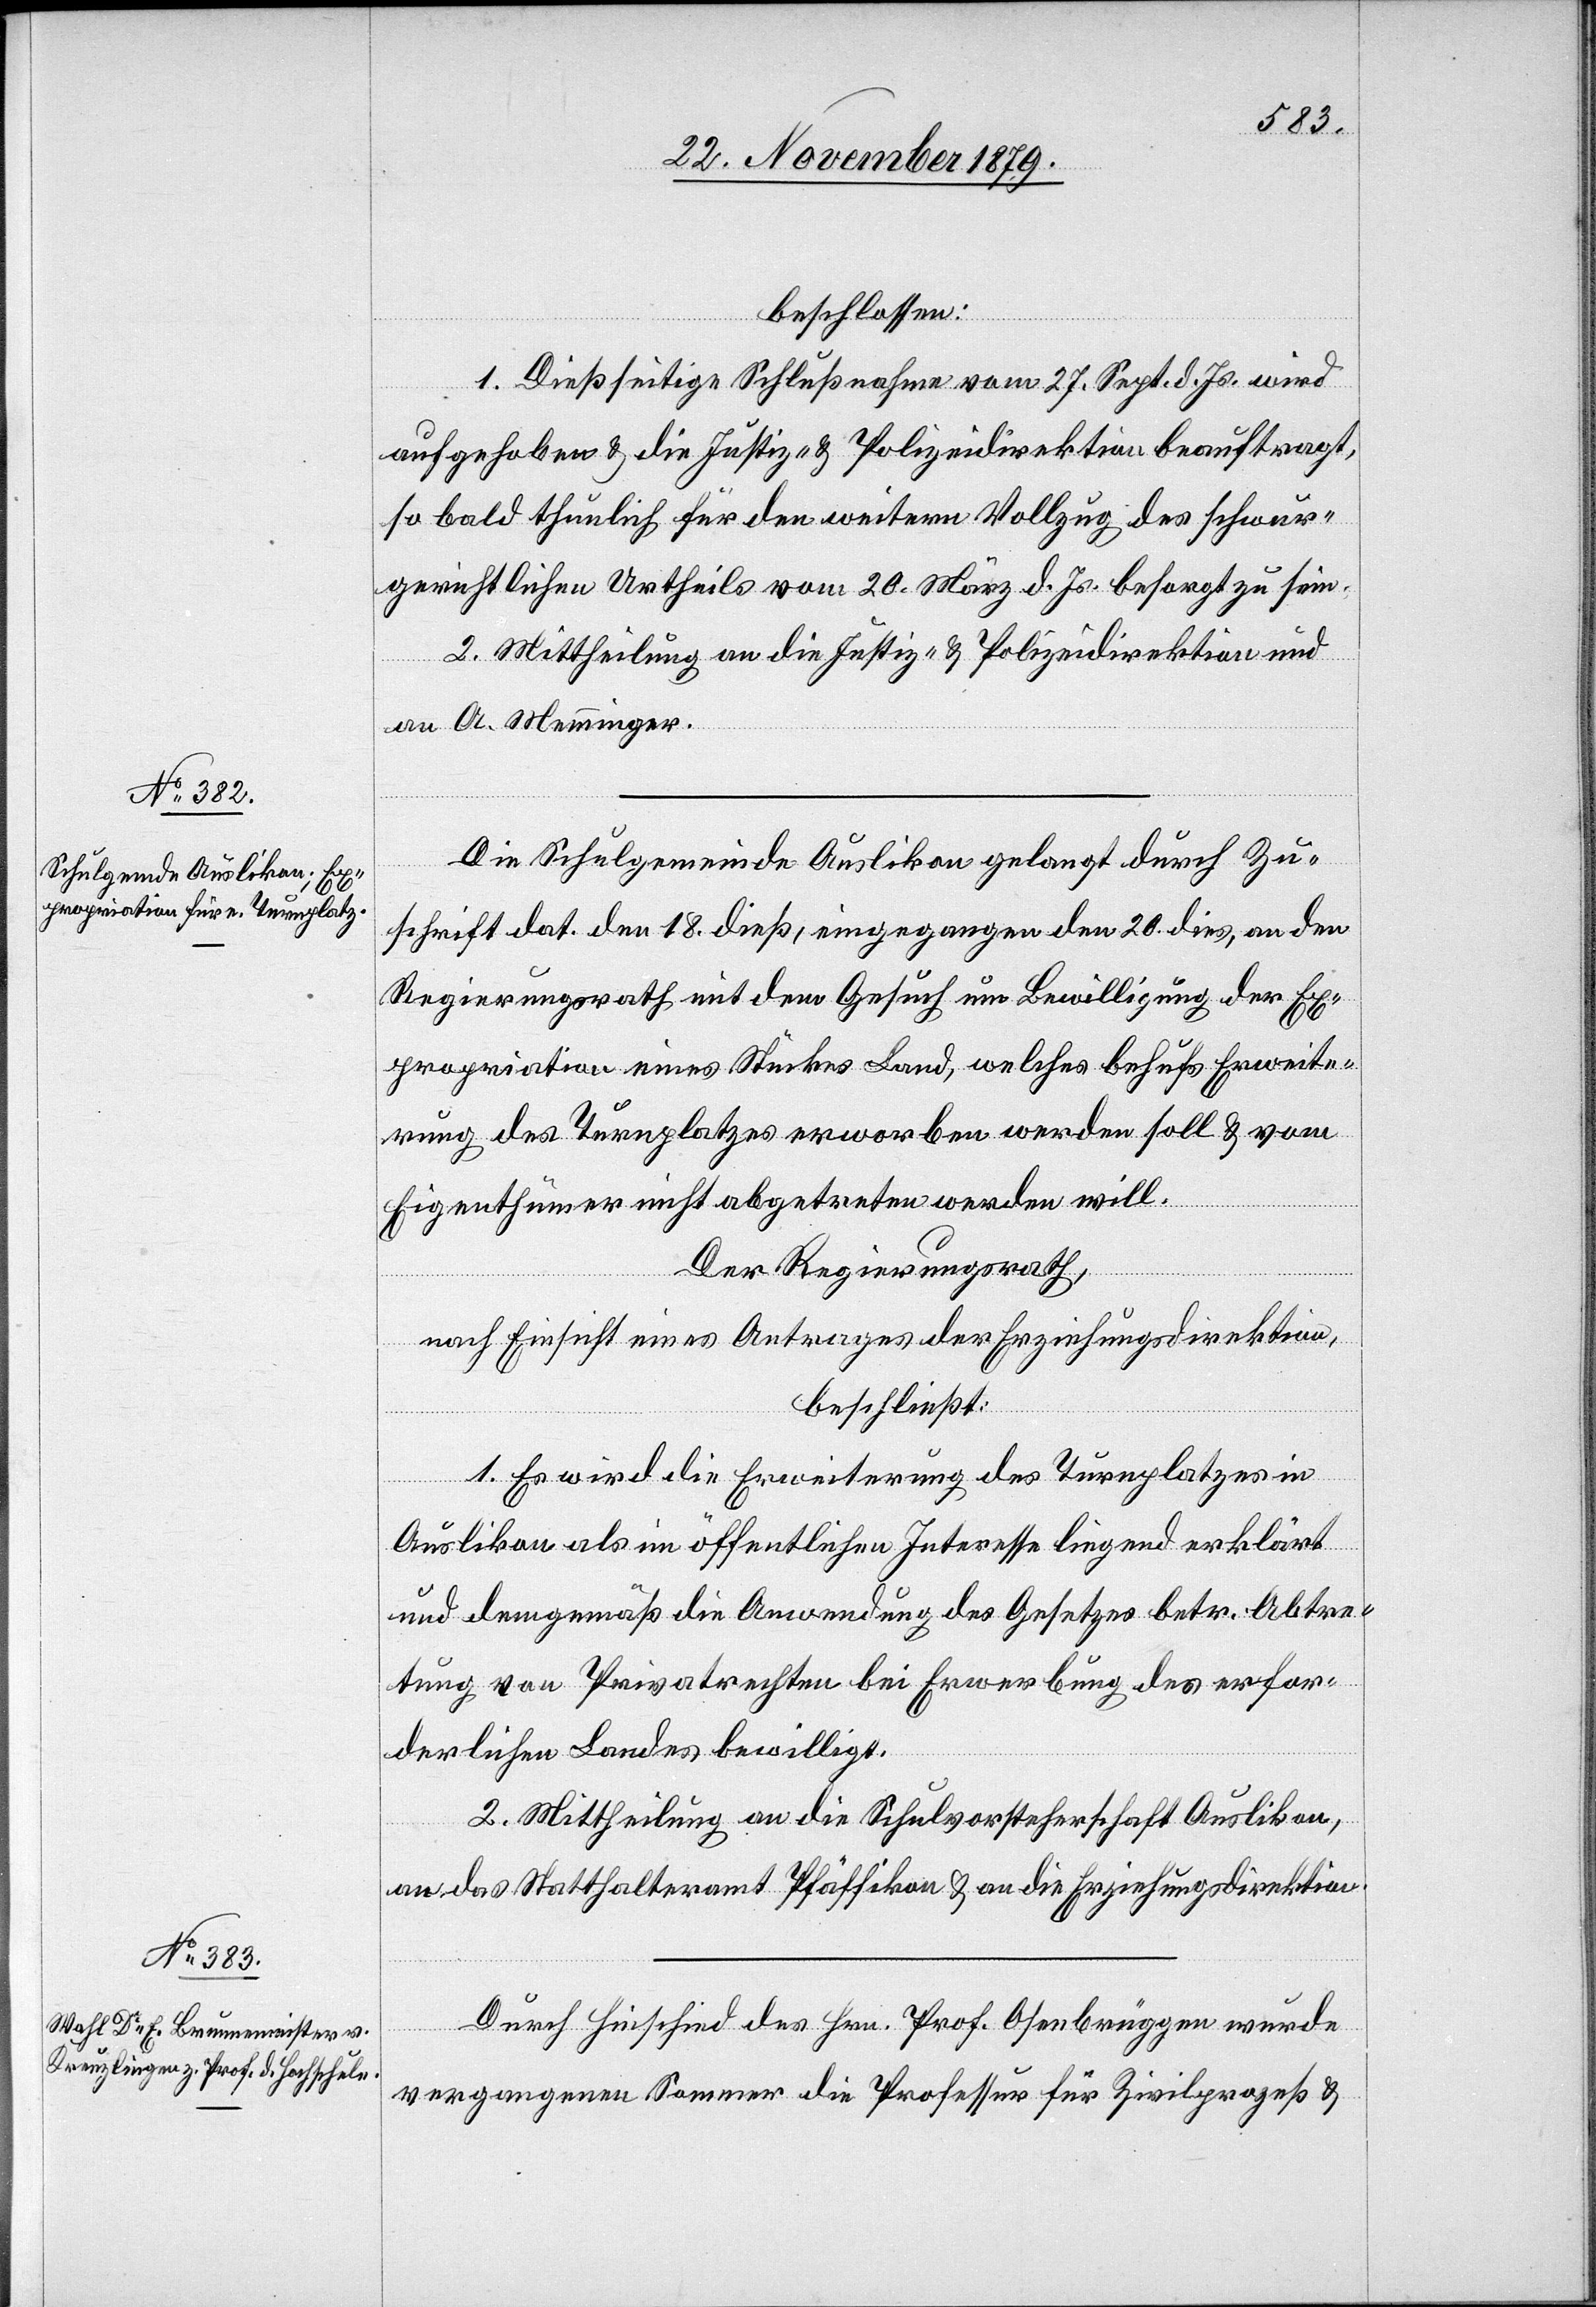
beschlossen:
1. Dießseitige Schlußnahme vom 27. Sept. d. Js. wird
aufgehoben & die Justiz- & Polizeidirektion beauftragt,
so bald thunlich für den weitern Vollzug des schwur¬
gerichtlichen Urtheils vom 20. März. d. Js. besorgt zu sein.
2. Mittheilung an die Justiz- & Polizeidirektion und
an A. Memminger.
Die Schulgemeinde Auslikon gelangt durch Zu¬
schrift dat. den 18. dieß, eingegangen den 20. dies, an den
Regierungsrath mit dem Gesuch um Bewilligung der Ex¬
propriation eines Stückes Land, welches behufs Erweite¬
rung des Turnplatzes erworben werden soll & vom
Eigenthümer nicht abgetreten werden will.
Der Regierungsrath,
nach Einsicht eines Antrages der Erziehungsdirektion,
beschließt:
1. Es wird die Erweiterung des Turnplatzes in
Auslikon als im öffentlichen Interesse liegend erklärt
und demgemäß die Anwendung des Gesetzes betr. Abtre¬
tung von Privatrechten bei Erwerbung des erfor¬
derlichen Landes bewilligt.
2. Mittheilung an die Schulvorsteherschaft Auslikon,
an das Statthalteramt Pfäffikon & an die Erziehungsdirektion.
Durch Entscheid des Hrn. Prof. Osenbrüggen wurde
vergangenen Sommer die Professur für Zivilprozeß &